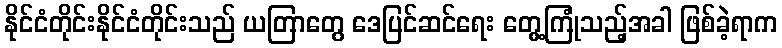
နိုင်ငံတိုင်းနိုင်ငံတိုင်းသည် ယတြာတွေ ဒေပြင်ဆင်ရေး တွေ့ကြုံသည့်အခါ ဖြစ်ခဲ့ရာက